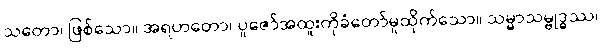
သတော၊ ဖြစ်သော။ အရဟတော၊ ပူဇော်အထူးကိုခံတော်မူထိုက်သော။ သမ္မာသမ္ဗုဒ္ဓဿ၊